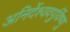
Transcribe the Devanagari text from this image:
अनिर्देश्यवपुर्विष्णु